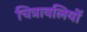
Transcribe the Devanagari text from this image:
चित्रावलियों